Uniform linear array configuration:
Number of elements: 48
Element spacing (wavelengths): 1
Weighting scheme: hann
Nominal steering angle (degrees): -15
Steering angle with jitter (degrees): -14.629
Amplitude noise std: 0.05
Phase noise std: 0.05

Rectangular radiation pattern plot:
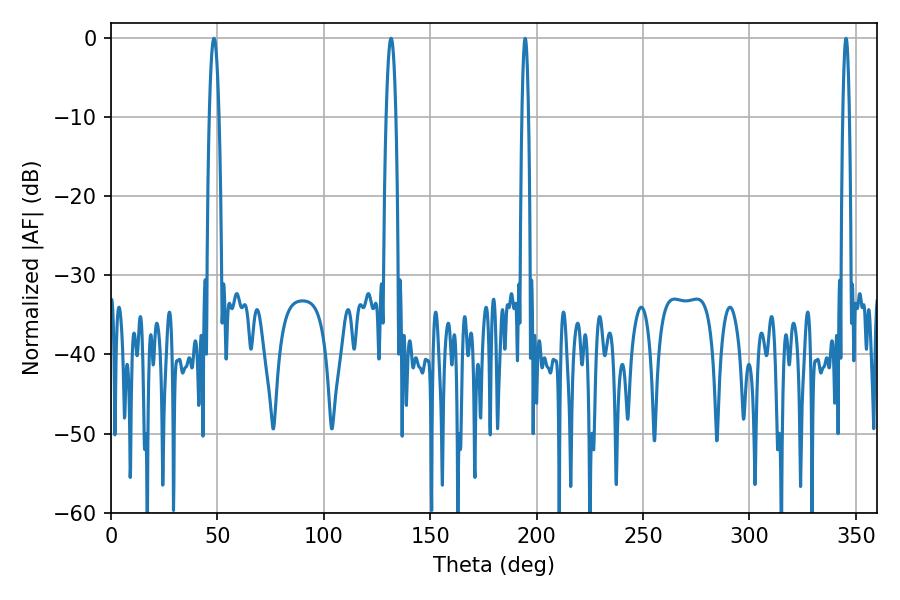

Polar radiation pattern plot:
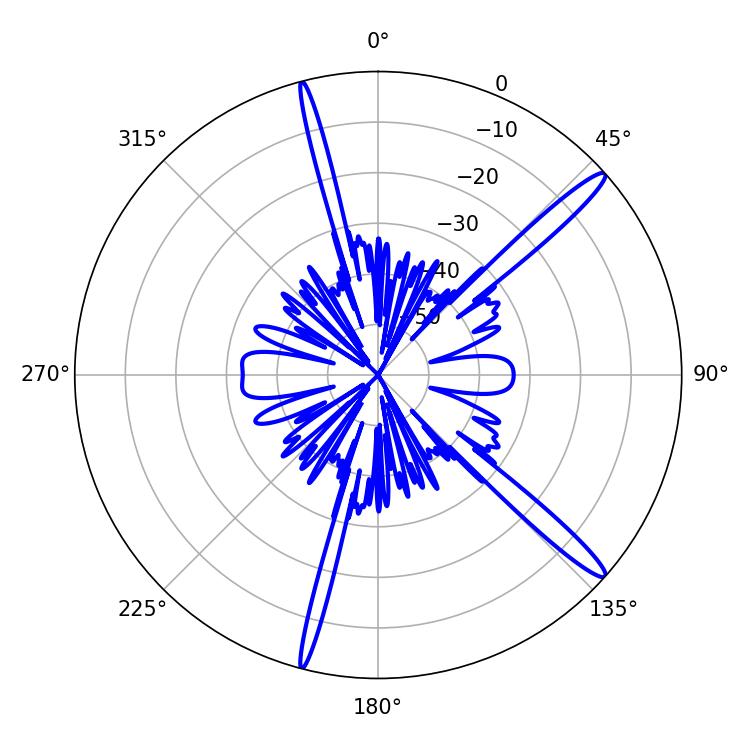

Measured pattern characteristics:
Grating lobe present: TRUE
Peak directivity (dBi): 15.578
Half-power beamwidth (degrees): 2.52
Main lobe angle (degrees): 48.42